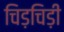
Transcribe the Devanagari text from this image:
चिड़चिड़ी